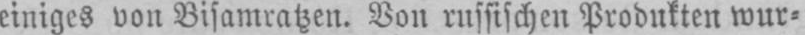
einiges von Bisamratzen. Von russischen Produkten wur⸗